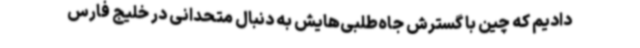
دادیم که چین با گسترش جاه‌طلبی‌هایش به دنبال متحدانی در خلیج فارس